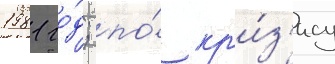
1981 го́д; по́ кр'и́з'ису